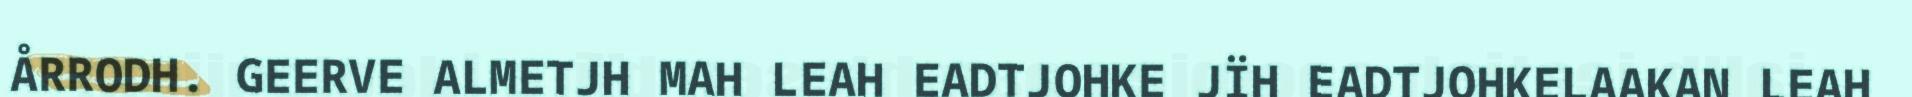
ÅRRODH. GEERVE ALMETJH MAH LEAH EADTJOHKE JÏH EADTJOHKELAAKAN LEAH